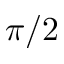
\pi / 2